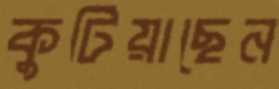
কুটিয়াছেন